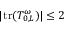
| \mathrm { t r } ( T _ { 0 , L } ^ { \omega } ) | \leq 2